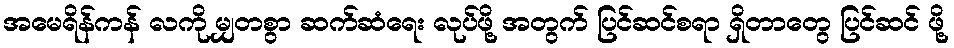
အမေရိန်ကန် လကို မျှတစွာ ဆက်ဆံရေး လုပ်ဖို့ အတွက် ပြင်ဆင်စရာ ရှိတာတွေ ပြင်ဆင် ဖို့